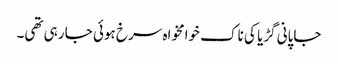
جاپانی گڑیا کی ناک خوامخواہ سرخ ہوئی جا رہی تھی۔